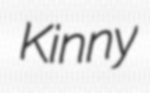
Kinny